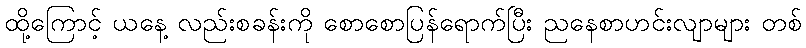
ထို့ကြောင့် ယနေ့ လည်းစခန်းကို စောစောပြန်ရောက်ပြီး ညနေစာဟင်းလျာများ တစ်